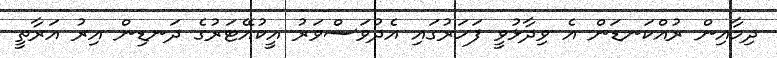
ދިމާއިން ރުއްކަނޑަން އެ ވިދާޅުވީ ފަހަރުގައި އެދުވަސްވަރު އީކުއޭޓަރުގެ ދަނޑިން އިރު އަރާތީ